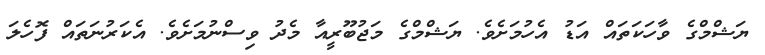
ޔަޝްމްގެ ވާހަކަތައް އަޑު އެހުމަށެވެ. ޔަޝްމްގެ މަޖުބޫރީއާ މެދު ވިސްނުމަށެވެ. އެކަރުނަތައް ފޮހެލަ